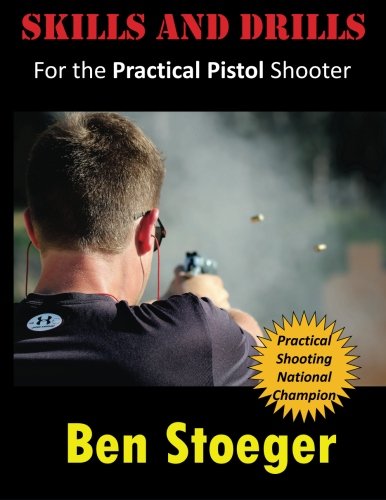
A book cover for Skills and Drills: For the Practical Pistol Shooter; Ben Stoeger; Sports & Outdoors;